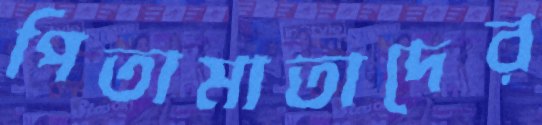
পিতামাতাদের